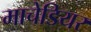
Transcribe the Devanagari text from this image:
माचेडियर